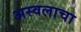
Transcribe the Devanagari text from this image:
अस्वलाचा